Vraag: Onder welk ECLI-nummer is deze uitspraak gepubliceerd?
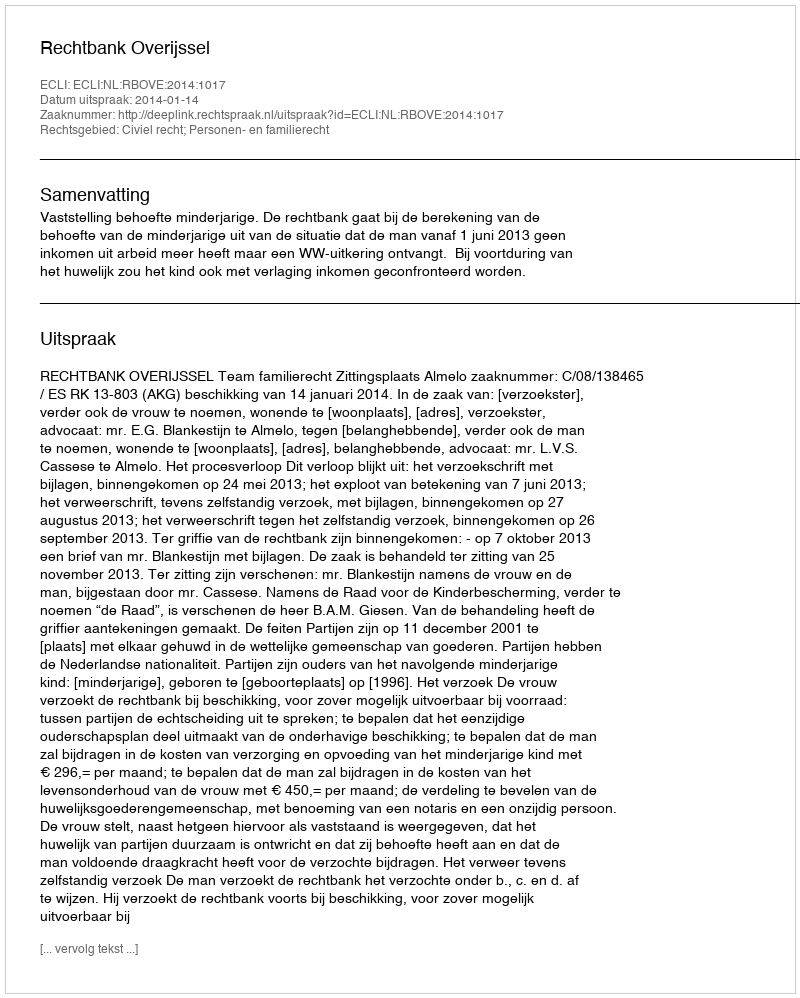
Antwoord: ECLI:NL:RBOVE:2014:1017